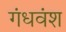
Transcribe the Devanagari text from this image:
गंधवंश